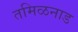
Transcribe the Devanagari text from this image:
तमिळनाड